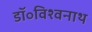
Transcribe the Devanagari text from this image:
डॉ॰विश्वनाथ